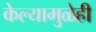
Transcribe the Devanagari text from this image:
केल्यामुळेही